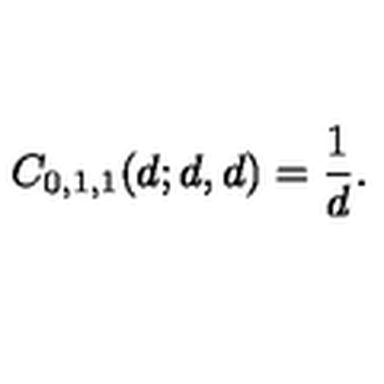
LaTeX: C _ { 0 , 1 , 1 } ( d ; d , d ) = { \frac { 1 } { d } } .